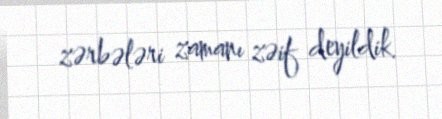
zərbələri zamanı zəif deyildik.